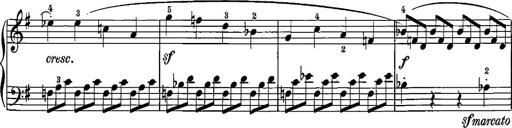
Title: 12 Sonatinas
Composer: Ignaz Pleyel